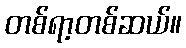
တစ်ရာ့တစ်ဆယ်။